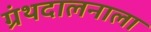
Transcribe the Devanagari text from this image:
ग्रंथदालनाला